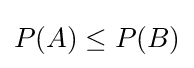
P(A)\leq P(B)